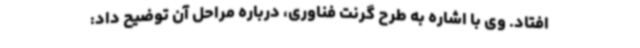
افتاد. وی با اشاره به طرح گرنت فناوری، درباره مراحل آن توضیح داد: